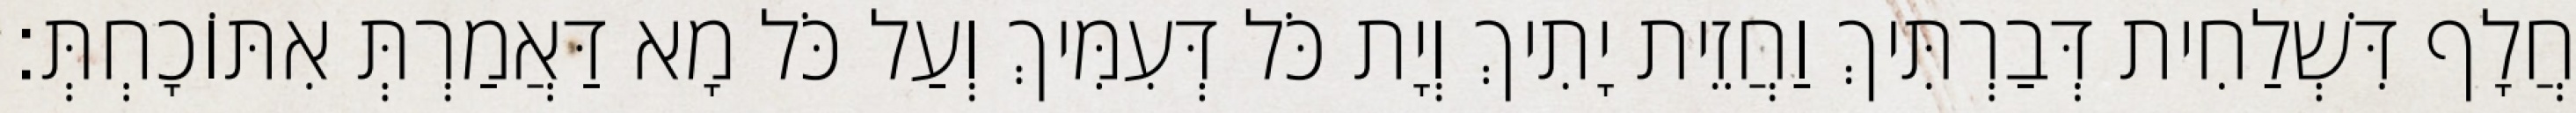
חֲלָף דִּשְׁלַחִית דְּבַרְתִּיךְ וַחֲזֵית יָתִיךְ וְיָת כֹּל דְּעִמִּיךְ וְעַל כֹּל מָא דַּאֲמַרְתְּ אִתּוֹכָחְתְּ׃